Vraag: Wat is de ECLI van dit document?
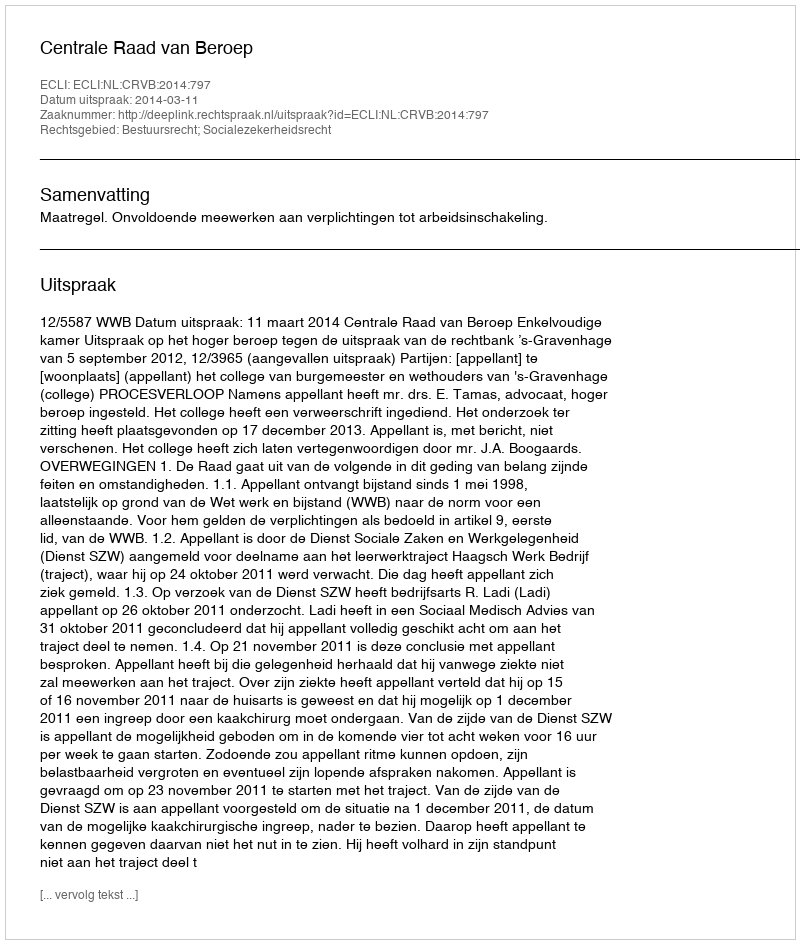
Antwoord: ECLI:NL:CRVB:2014:797